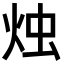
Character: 烛